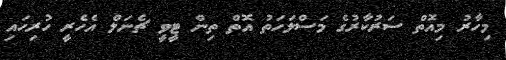
މިހާރު މިއޮތް ސަރުކާރުގެ މަސްލަހަތު އޮތް ތިން ޓީވީ ޗެނަލް އެހެރީ ހުރިހައި